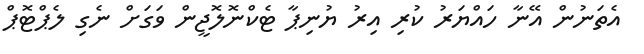
އެތަނުން އޭނާ ހައްޔަރު ކުރި އިރު ޔުނިޕާ ޓެކްނޮލޮޖީން ވަގަށް ނެގި ލެޕްޓޮޕް